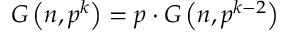
G \left( n , p ^ { k } \right) = p \cdot G \left( n , p ^ { k - 2 } \right)